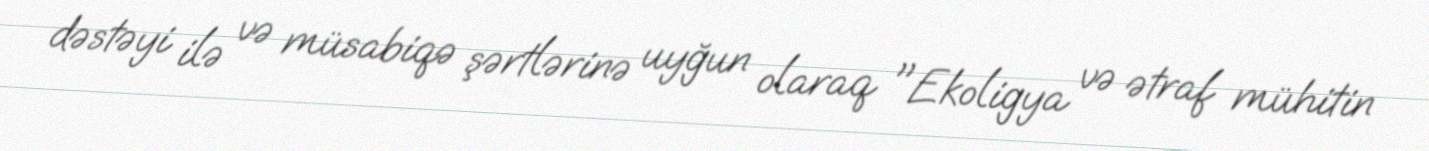
dəstəyi ilə və müsabiqə şərtlərinə uyğun olaraq "Ekoligya və ətraf mühitin